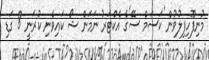
މުނިފޫހިފިލުވުން 'ކަސަމް ސޭ'ގެ އެކްޓަރު ނަމަން ޝޯ ކައިވެނި ކުރަނީ 8 ގަޑި